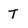
Character: T